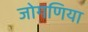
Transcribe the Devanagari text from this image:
जोगणिया